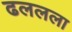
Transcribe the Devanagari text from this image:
ढललला